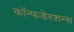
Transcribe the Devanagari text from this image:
कॉन्फडेरशन्स